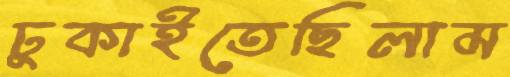
ঢুকাইতেছিলাম